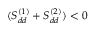
( S _ { d d } ^ { ( 1 ) } + S _ { d d } ^ { ( 2 ) } ) < 0